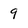
Character: 9